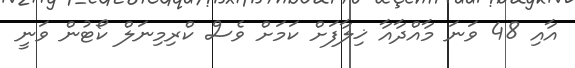
އާއި 48 ވަނަ މާއްދާއާ ޚިލާފަށް ކަމަށް ވެސް ކްރިމިނަލް ކޯޓުން ވަނީ